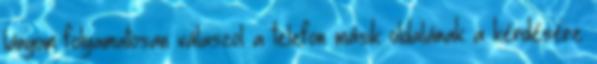
lányom folyamatosan válaszol a telefon másik oldalának a kérdésére